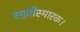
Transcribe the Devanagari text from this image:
स्मृतीस्मारक।